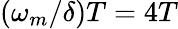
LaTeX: (\omega_{m}/\delta)T=4T